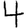
Digit: 4